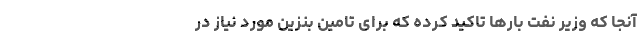
آنجا که وزیر نفت بارها تاکید کرده که برای تامین بنزین مورد نیاز در